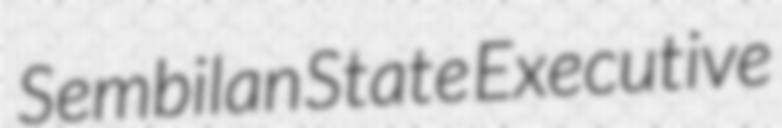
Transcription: Sembilan State Executive